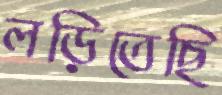
লড়িতেছি